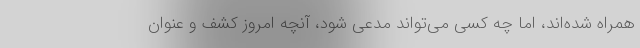
همراه شده‌اند، اما چه کسی می‌تواند مدعی شود، آنچه امروز کشف و عنوان